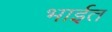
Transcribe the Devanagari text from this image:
भाईत